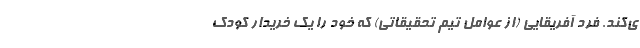
ی‌کند. فرد آفریقایی (از عوامل تیم تحقیقاتی) که خود را یک خریدار کودک